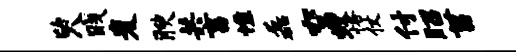
臾贱麦腴共畜憔磊空蛟恪仗付昭菖